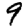
Digit: 9